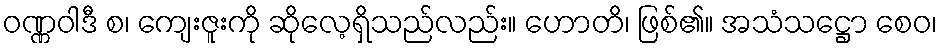
ဝဏ္ဏဝါဒီ စ၊ ကျေးဇူးကို ဆိုလေ့ရှိသည်လည်း။ ဟောတိ၊ ဖြစ်၏။ အသံသဋ္ဌော စေဝ၊